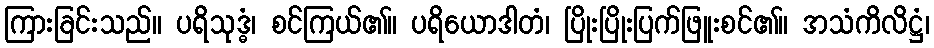
ကြားခြင်းသည်။ ပရိသုဒ္ဓံ၊ စင်ကြယ်၏။ ပရိယောဒါတံ၊ ပြိုးပြိုးပြက်ဖြူးစင်၏။ အသံကိလိဋ္ဌံ၊